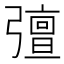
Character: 𭛈